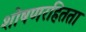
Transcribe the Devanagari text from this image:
शोषणरहितता